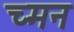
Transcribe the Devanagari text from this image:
च्मन